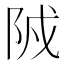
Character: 𨹒